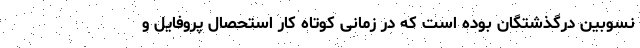
نسوبین درگذشتگان بوده است كه در زمانی كوتاه كار استحصال پروفايل و